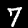
Digit: 7